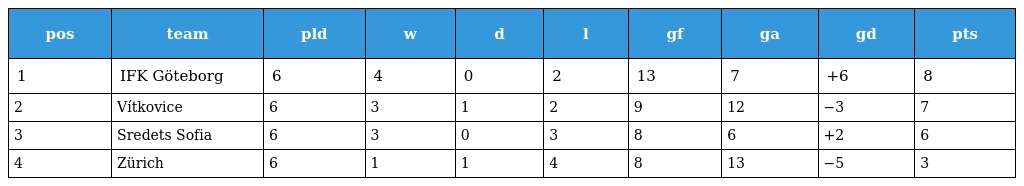
| pos | team | pld | w | d | l | gf | ga | gd | pts |
 | --- | --- | --- | --- | --- | --- | --- | --- | --- | --- |
 | 1 | IFK Göteborg | 6 | 4 | 0 | 2 | 13 | 7 | +6 | 8 |
 | 2 | Vítkovice | 6 | 3 | 1 | 2 | 9 | 12 | −3 | 7 |
 | 3 | Sredets Sofia | 6 | 3 | 0 | 3 | 8 | 6 | +2 | 6 |
 | 4 | Zürich | 6 | 1 | 1 | 4 | 8 | 13 | −5 | 3 |